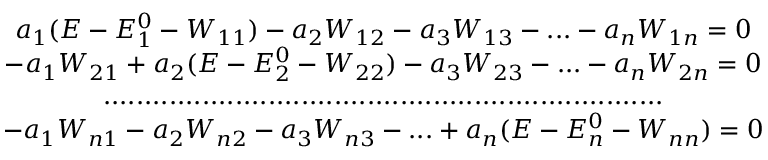
\begin{array} { c } { { a _ { 1 } ( E - E _ { 1 } ^ { 0 } - W _ { 1 1 } ) - a _ { 2 } W _ { 1 2 } - a _ { 3 } W _ { 1 3 } - . . . - a _ { n } W _ { 1 n } = 0 } } \\ { { - a _ { 1 } W _ { 2 1 } + a _ { 2 } ( E - E _ { 2 } ^ { 0 } - W _ { 2 2 } ) - a _ { 3 } W _ { 2 3 } - . . . - a _ { n } W _ { 2 n } = 0 } } \\ { { . . . . . . . . . . . . . . . . . . . . . . . . . . . . . . . . . . . . . . . . . . . . . . . . . . . . . . . . . . . . . . . . . . . . } } \\ { { - a _ { 1 } W _ { n 1 } - a _ { 2 } W _ { n 2 } - a _ { 3 } W _ { n 3 } - . . . + a _ { n } ( E - E _ { n } ^ { 0 } - W _ { n n } ) = 0 } } \end{array}